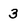
Character: 3